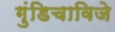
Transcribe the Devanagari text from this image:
गुंडिचाविजे